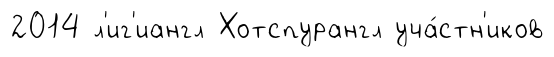
2014 л'иг'иангл Хотспурангл уча́стн'иков